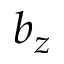
b _ { z }